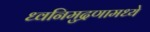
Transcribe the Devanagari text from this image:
ध्वनिमुद्रणामध्ये